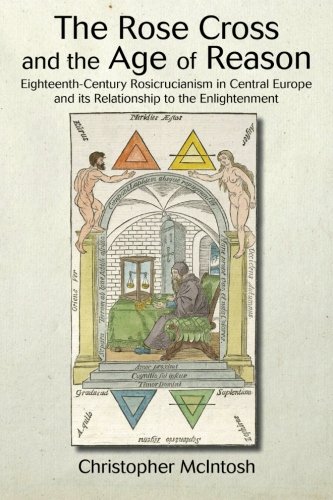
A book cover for The Rose Cross and the Age of Reason: Eighteenth-Century Rosicrucianism in Central Europe and its Relationship to the Enlightenment (SUNY Series in Western Esoteric Traditions); Christopher McIntosh; Religion & Spirituality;